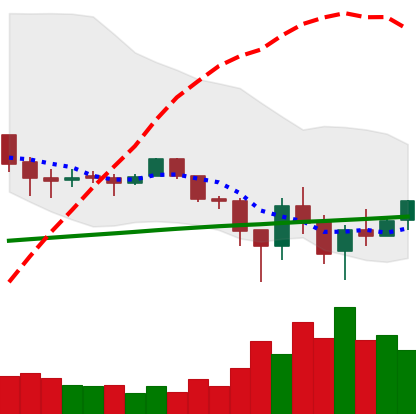
Ticker: LTC-USD
Chart end date: 2018-02-09
Forward return: 30.137%
Label: up_7plus